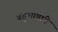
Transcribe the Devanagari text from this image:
बहुभाषांचे